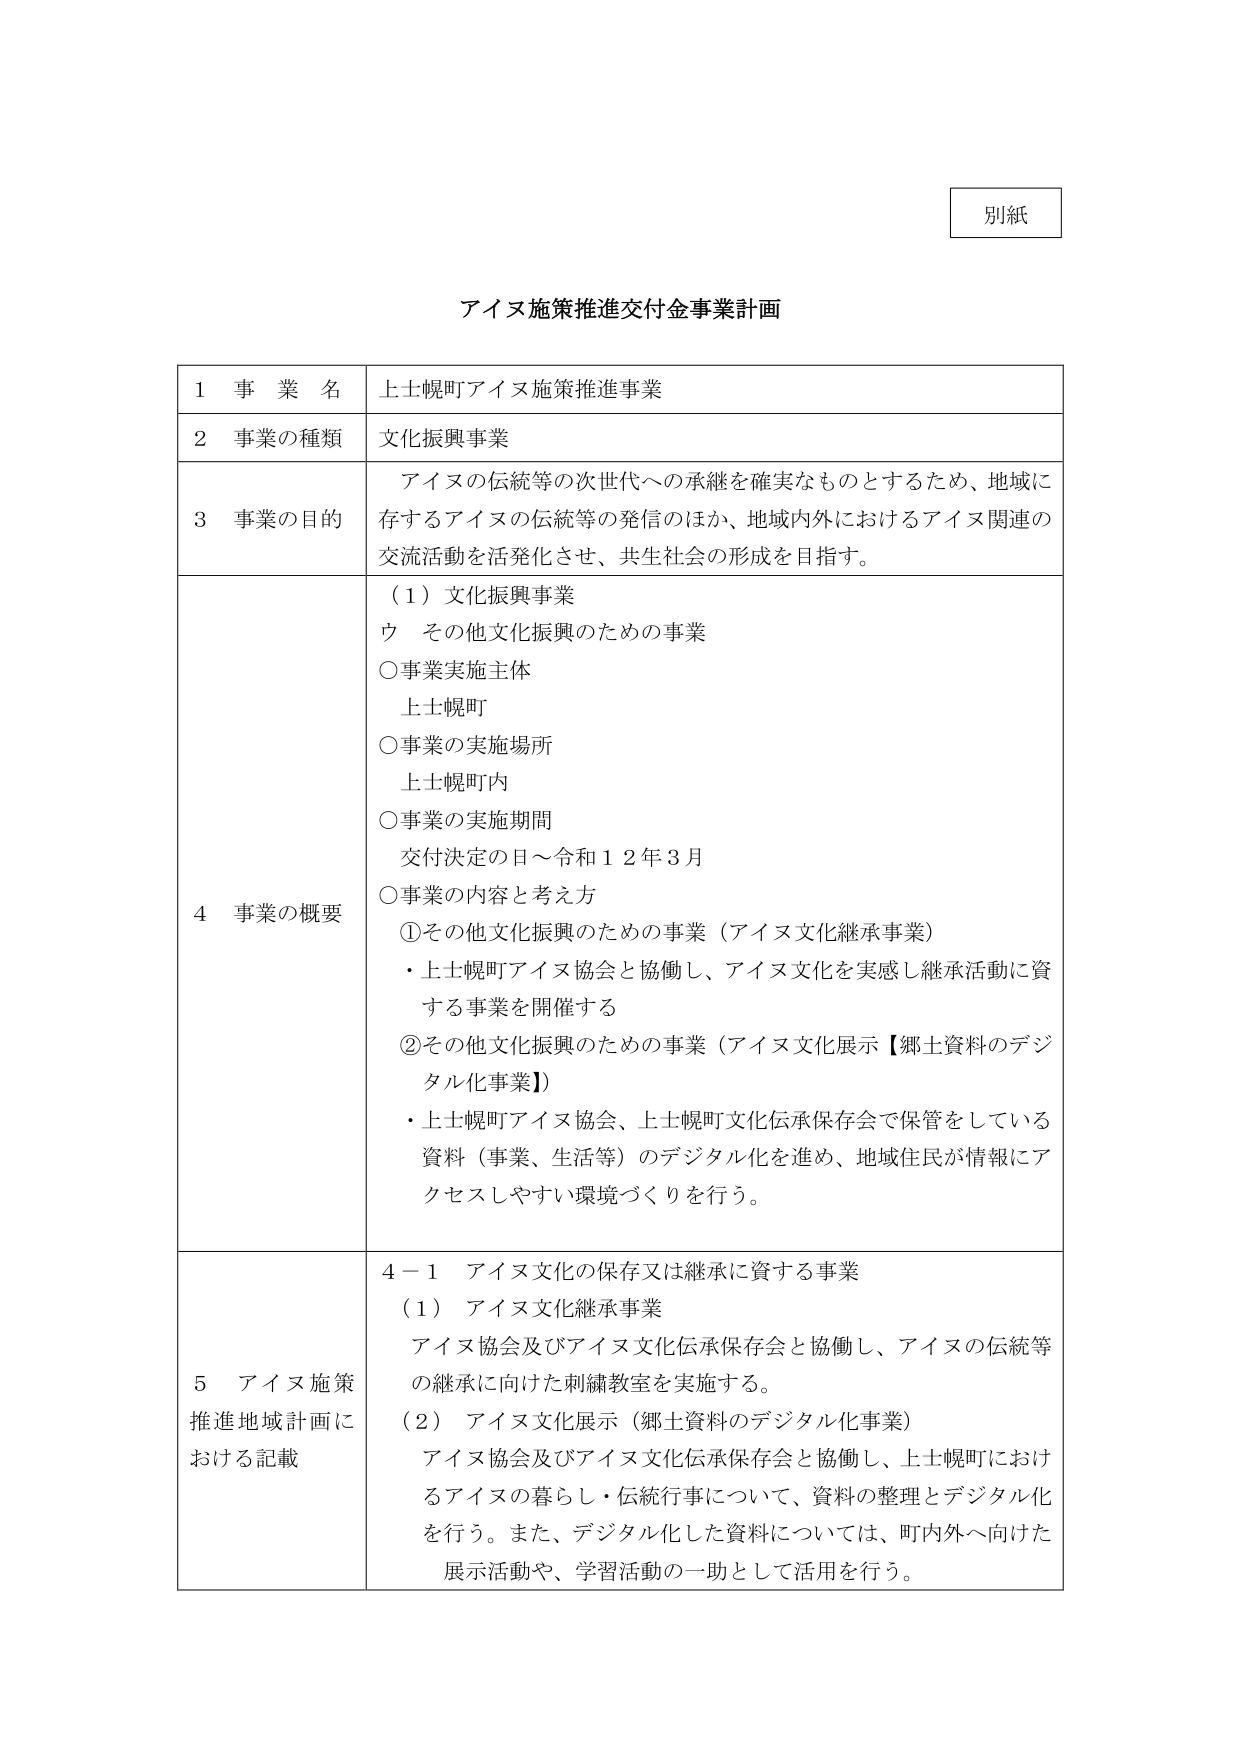
別紙

アイヌ施策推進交付金事業計画

1 事業名 上士幌町アイヌ施策推進事業
2 事業の種類 文化振興事業
3 事業の目的 アイヌの伝統等の次世代への承継を確実なものとするため、地域に
存するアイヌの伝統等の発信のほか、地域内外におけるアイヌ関連の
交流活動を活発化させ、共生社会の形成を目指す。
4 事業の概要 （1）文化振興事業
ウ その他文化振興のための事業
○事業実施主体
上士幌町
○事業の実施場所
上士幌町内
○事業の実施期間
交付決定の日～令和12年3月
○事業の内容と考え方
①その他文化振興のための事業（アイヌ文化継承事業）
・上士幌町アイヌ協会と協働し、アイヌ文化を実感し継承活動に資
する事業を開催する
②その他文化振興のための事業（アイヌ文化展示【郷土資料のデジ
タル化事業】）
・上士幌町アイヌ協会、上士幌町文化伝承保存会で保管をしている
資料（事業、生活等）のデジタル化を進め、地域住民が情報にア
クセスしやすい環境づくりを行う。
5 アイヌ施策
推進地域計画に
おける記載 4－1 アイヌ文化の保存又は継承に資する事業
（1）アイヌ文化継承事業
アイヌ協会及びアイヌ文化伝承保存会と協働し、アイヌの伝統等
の継承に向けた刺繍教室を実施する。
（2）アイヌ文化展示（郷土資料のデジタル化事業）
アイヌ協会及びアイヌ文化伝承保存会と協働し、上士幌町におけ
るアイヌの暮らし・伝統行事について、資料の整理とデジタル化
を行う。また、デジタル化した資料については、町内外へ向けた
展示活動や、学習活動の一助として活用を行う。